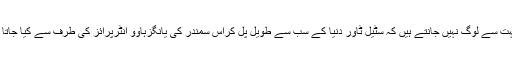
کیا بہت سے لوگ نہیں جانتے ہیں کہ سٹیل ٹاور دنیا کے سب سے طویل پل کراس سمندر کی یانگزہاوو انٹرپرائز کی طرف سے کیا جاتا ہے ۔